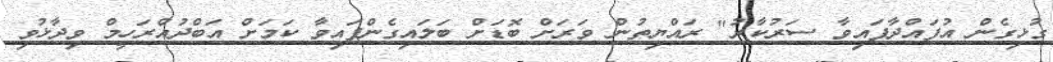
ގުޅިގެން އުފައްދާފައިވާ ސަރުކާރު" ރައްޔިތުން ވަރަށް ބޮޑަށް ބަލައިގެންފައިވާ ކަމަށް އަބްދުއްރަހީމް ވިދާޅުވި